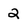
Character: 2